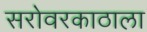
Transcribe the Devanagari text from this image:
सरोवरकाठाला